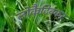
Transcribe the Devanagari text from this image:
लोकैटिवकर